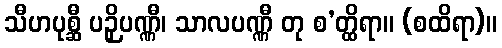
သီဟပုစ္ဆီ ပဉှိပဏ္ဏီ၊ သာလပဏ္ဏီ တု စ’တ္ထိရာ။ (စထိရာ)။